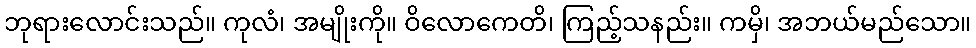
ဘုရားလောင်းသည်။ ကုလံ၊ အမျိုးကို။ ဝိလောကေတိ၊ ကြည့်သနည်း။ ကမှိ၊ အဘယ်မည်သော။